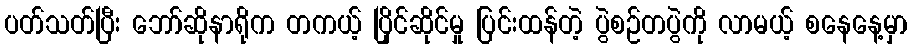
ပတ်သတ်ပြီး ဘော်ဆိုနာရိုက တကယ့် ပြိုင်ဆိုင်မှု ပြင်းထန်တဲ့ ပွဲစဉ်တပွဲကို လာမယ့် စနေနေ့မှာ